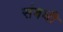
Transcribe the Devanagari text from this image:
संबघी